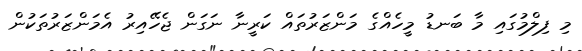
މި ފިލްމުގައި މާ ބަނޑު މީހެއްގެ މަންޒަރުތައް ކަރީނާ ނަގަން ޖެހޭއިރު އެމަންޒަރުތަކުން